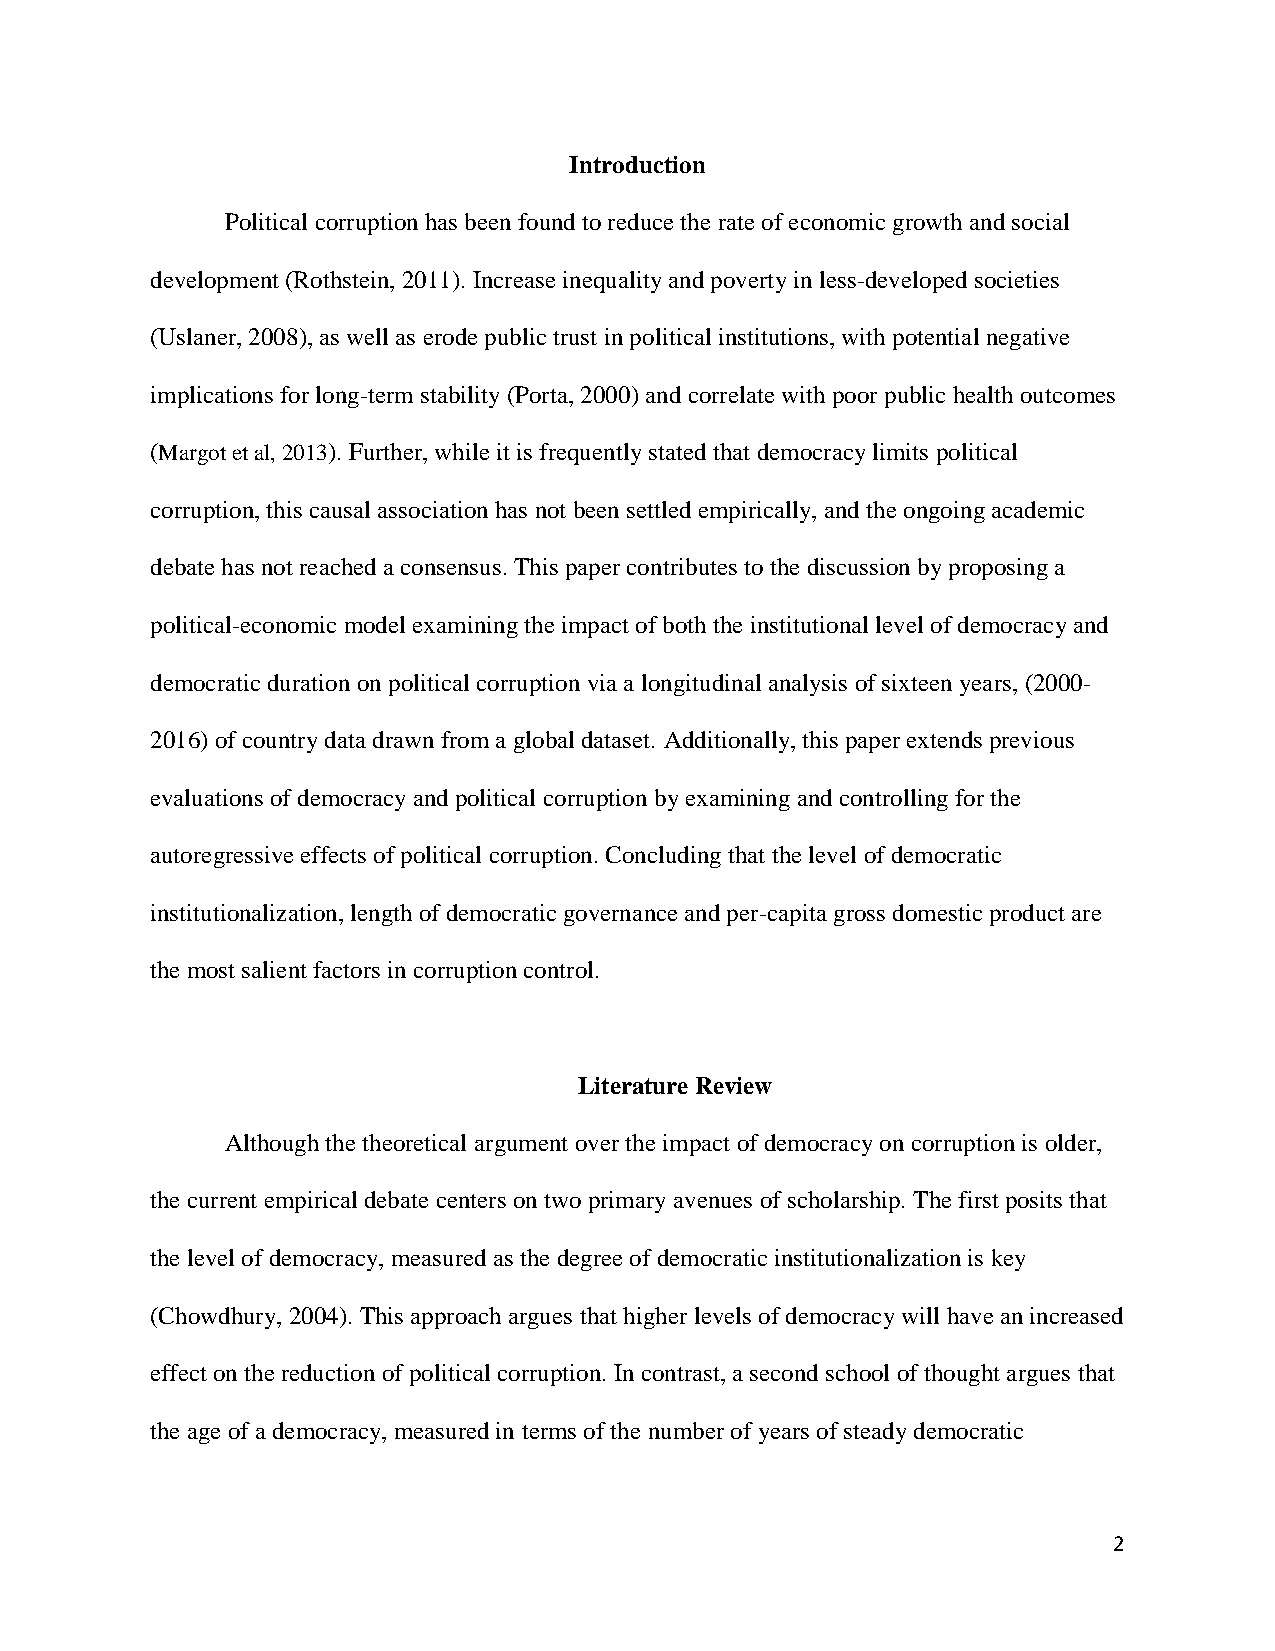
Introduction
 Political corruption has been found to reduce the rate of economic growth and social
 development (Rothstein, 2011). Increase inequality and poverty in less-developed societies
 (Uslaner, 2008), as well as erode public trust in political institutions, with potential negative
 implications for long-term stability (Porta, 2000) and correlate with poor public health outcomes
 (Margot et al, 2013). Further, while it is frequently stated that democracy limits political
 corruption, this causal association has not been settled empirically, and the ongoing academic
 debate has not reached a consensus. This paper contributes to the discussion by proposing a
 political-economic model examining the impact of both the institutional level of democracy and
 democratic duration on political corruption via a longitudinal analysis of sixteen years, (2000-
 2016) of country data drawn from a global dataset. Additionally, this paper extends previous
 evaluations of democracy and political corruption by examining and controlling for the
 autoregressive effects of political corruption. Concluding that the level of democratic
 institutionalization, length of democratic governance and per-capita gross domestic product are
 the most salient factors in corruption control.
 Literature Review
 Although the theoretical argument over the impact of democracy on corruption is older,
 the current empirical debate centers on two primary avenues of scholarship. The first posits that
 the level of democracy, measured as the degree of democratic institutionalization is key
 (Chowdhury, 2004). This approach argues that higher levels of democracy will have an increased
 effect on the reduction of political corruption. In contrast, a second school of thought argues that
 the age of a democracy, measured in terms of the number of years of steady democratic
 2